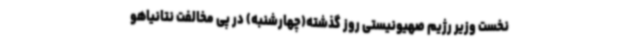
نخست وزیر رژیم صهیونیستی روز گذشته(چهارشنبه) در پی مخالفت نتانیاهو